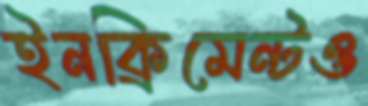
ইনক্রিমেন্টও